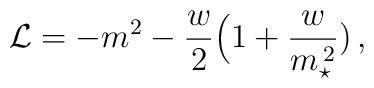
{\cal L} =-m^2-{w\over 2}\Big( 1+{w\over m_\star^{\,2}}\big)\, ,